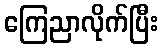
ကြေညာလိုက်ပြီး